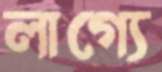
লাগ্যে